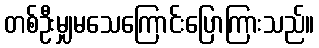
တစ်ဦးမျှမသေကြောင်းပြောကြားသည်။